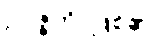
ဥပ္ပဇ္ဇတိ၊ ဖြစ်၏။